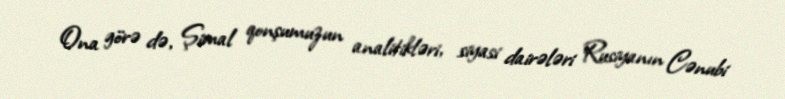
Ona görə də, Şimal qonşumuzun analitikləri, siyasi dairələri Rusiyanın Cənubi